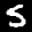
Label: 5